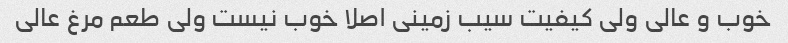
خوب و عالی ولی کیفیت سیب زمینی اصلا خوب نیست ولی طعم مرغ عالی